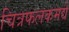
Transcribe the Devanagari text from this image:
चित्रफलकमद्ये